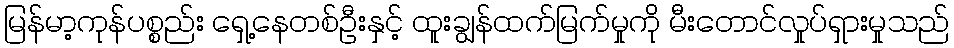
မြန်မာ့ကုန်ပစ္စည်း ရှေ့နေတစ်ဦးနှင့် ထူးချွန်ထက်မြက်မှုကို မီးတောင်လှုပ်ရှားမှုသည်